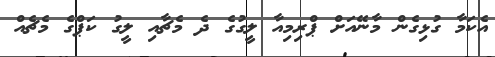
އެކަމާ ގުޅިގެން މާނޭއަށް ޕްރިމިއާ ލީގުގެ ދެ މެޗާއި ލީގު ކަޕްގެ މެޗެއް